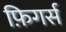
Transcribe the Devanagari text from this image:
फ़िगर्स